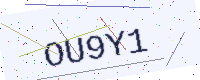
Text: OU9Y1